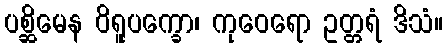
ပစ္ဆိမေန ဝိရူပက္ခော၊ ကုဝေရော ဥတ္တရံ ဒိသံ။